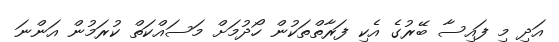
އަދި މި ފައިސާ ބޭރުގެ އެކި ފަރާތްތަކުން ހޯދުމަށް މަސައްކަތް ކުރަމުން އަންނަ